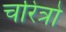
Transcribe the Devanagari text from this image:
चरित्रो